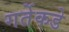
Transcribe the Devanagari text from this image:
गर्तेकडे